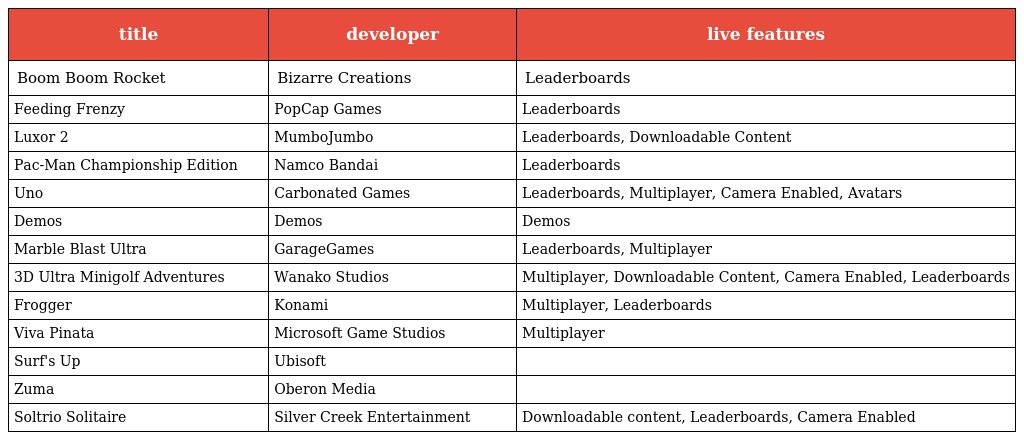
| title | developer | live features |
 | --- | --- | --- |
 | Boom Boom Rocket | Bizarre Creations | Leaderboards |
 | Feeding Frenzy | PopCap Games | Leaderboards |
 | Luxor 2 | MumboJumbo | Leaderboards, Downloadable Content |
 | Pac-Man Championship Edition | Namco Bandai | Leaderboards |
 | Uno | Carbonated Games | Leaderboards, Multiplayer, Camera Enabled, Avatars |
 | Demos | Demos | Demos |
 | Marble Blast Ultra | GarageGames | Leaderboards, Multiplayer |
 | 3D Ultra Minigolf Adventures | Wanako Studios | Multiplayer, Downloadable Content, Camera Enabled, Leaderboards |
 | Frogger | Konami | Multiplayer, Leaderboards |
 | Viva Pinata | Microsoft Game Studios | Multiplayer |
 | Surf's Up | Ubisoft |  |
 | Zuma | Oberon Media |  |
 | Soltrio Solitaire | Silver Creek Entertainment | Downloadable content, Leaderboards, Camera Enabled |